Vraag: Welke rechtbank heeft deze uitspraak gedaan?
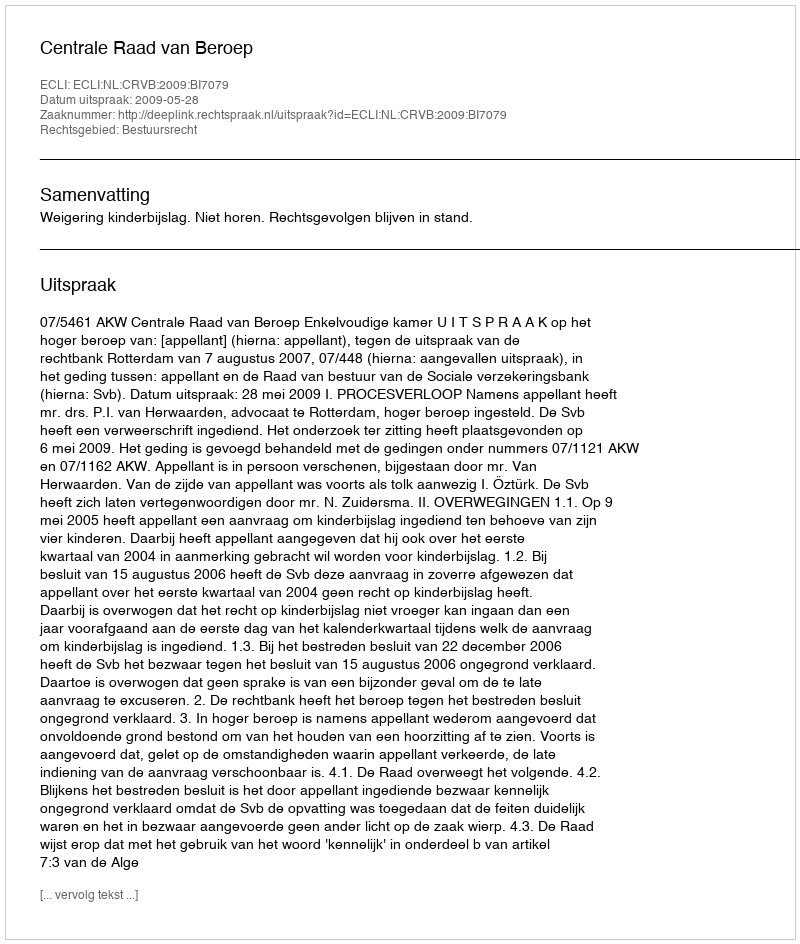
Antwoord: Centrale Raad van Beroep